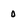
Character: 0